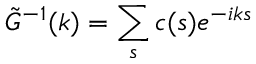
\tilde { G } ^ { - 1 } ( k ) = \sum _ { s } c ( s ) e ^ { - i k s }